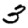
Digit: 3